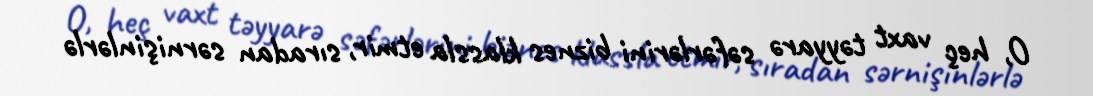
O, heç vaxt təyyarə səfərlərini biznes klassla etmir, sıradan sərnişinlərlə